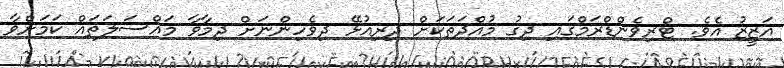
އަޒީޒު އެވެ. ޓްރިވެންޑްރަމްގައި ދިގު މުއްދަތަކަށް ދިރިއުޅޭ ދިވެހިންނަށް ދިމާވާ މައްސަލަތައް ކަމަށްވާ